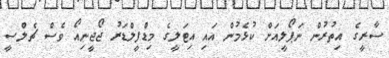
ސާރީގެ އިތުރުން ނަޕޯލީއަށް ކުޅެމުން އައި އިޓަލީގެ މިޑްފީލްޑަރު ޖޯޖީނިއޯ ވެސް ޗެލްސީ